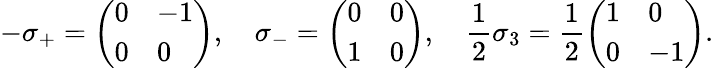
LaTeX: -\sigma_{+}=\left(\begin{array}{ll}{0}&{-1}\\ {0}&{0}\end{array}\right),\quad\sigma_{-}=\left(\begin{array}{ll}{0}&{0}\\ {1}&{0}\end{array}\right),\quad\frac{1}{2}\sigma_{3}=\frac{1}{2}\left(\begin{array}{ll}{1}&{0}\\ {0}&{-1}\end{array}\right).